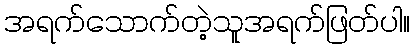
အရက်သောက်တဲ့သူအရက်ဖြတ်ပါ။